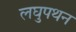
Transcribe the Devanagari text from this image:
लघुपथन